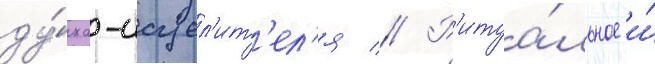
ду́ха-исцел'ит'ел'я // Р'итуа́льное и́